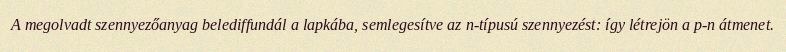
A megolvadt szennyezőanyag belediffundál a lapkába, semlegesítve az n-típusú szennyezést: így létrejön a p-n átmenet.